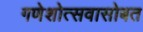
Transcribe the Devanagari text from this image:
गणेशोत्सवासोबत